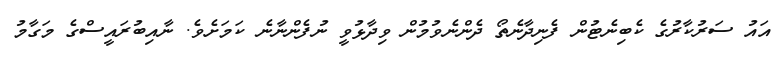
އައު ސަރުކާރުގެ ކެބިނެޓުން ފެނިދާނެތޯ ދެންނެވުމުން ވިދާޅުވީ ނުފެންނާނެ ކަމަށެވެ. ނާއިބުރައީސްގެ މަގާމު